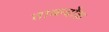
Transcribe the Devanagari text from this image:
ताकचौक